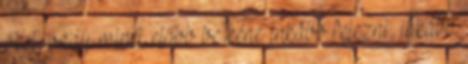
őket, vagy minél előbb be kéne inkább fejezni, inkább